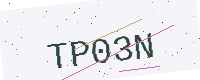
Text: TP03N